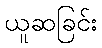
ယူဆခြင်း